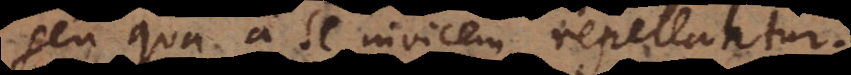
seu qua a se invicem repellantur.